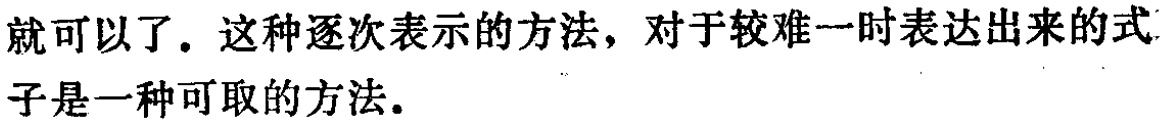
就可以了。这种逐次表示的方法，对于较难一时表达出来的式子是一种可取的方法。